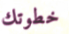
خطوتك